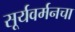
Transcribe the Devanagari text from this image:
सूर्यवर्मनचा